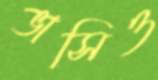
ভাসিও